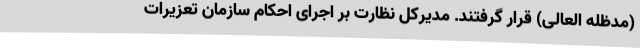
(مدظله العالی) قرار گرفتند. مدیرکل نظارت بر اجرای احکام سازمان تعزیرات